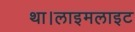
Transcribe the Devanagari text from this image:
था।लाइमलाइट